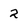
Character: 2